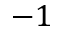
- 1